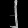
Digit: ၂